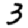
Digit: 3